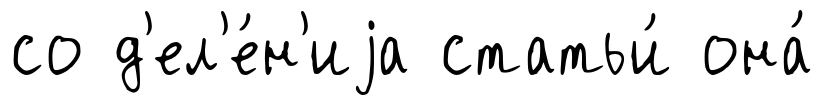
со д'ел'е́н'иjа статьи́ она́